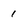
Character: 1